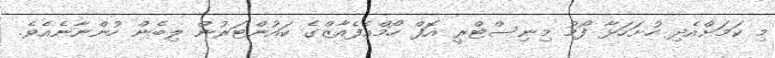
މި ކަމަށްއެދި ހުށަހަޅާ ފޯމު މިނިސްޓްރީ އޮފް ހޯމްއެފެއާޒްގެ ކައުންޓަރުން ލިބެން ހުންނާނެއެވެ.